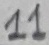
Text: 11